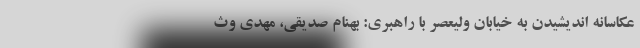
عکاسانه اندیشیدن به خیابان ولیعصر با راهبری: بهنام صدیقی، مهدی وث